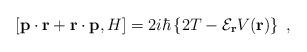
LaTeX: \begin{align*}\left[ {\bf p} \cdot {\bf r}+ {\bf r} \cdot {\bf p}, H\right]= 2 i \hbar\left\{2 T -{\mathcal E}_{\bf r} V ({\bf r})\right\}\; ,\end{align*}